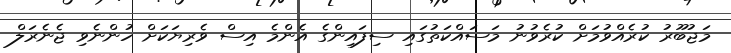
މަޖުބޫރު ކުރެއްވުމަށް ކުރެވުނު މަސައްކަތުގައި ސިފައިންގެ އެންމެ އިސް ވެރިޔަކަށް ހުންނެވި ޖެނެރަލް